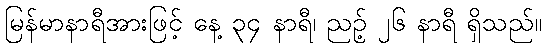
မြန်မာနာရီအားဖြင့် နေ့ ၃၄ နာရီ၊ ညဉ့် ၂၆ နာရီ ရှိသည်။